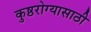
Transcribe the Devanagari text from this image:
कुष्ठरोग्यासाठी